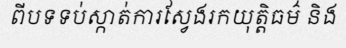
ពីបទទប់ស្កាត់ការស្វែងរកយុត្តិធម៌ និង